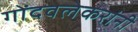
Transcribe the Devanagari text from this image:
गोंदवलेकरांनी